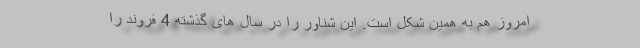
امروز هم به همین شکل است. این شناور را در سال های گذشته 4 فروند را